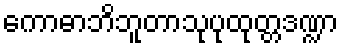
ကောဓာဘိဘူတာသုပုထုတ္တဒဏ္ဍာ